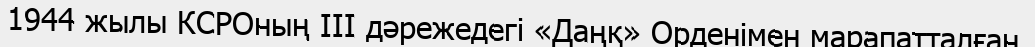
1944 жылы КСРОның ІІІ дәрежедегі «Даңқ» Орденімен марапатталған.